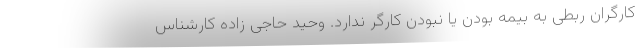
کارگران ربطی به بیمه بودن یا نبودن کارگر ندارد. وحید حاجی زاده کارشناس